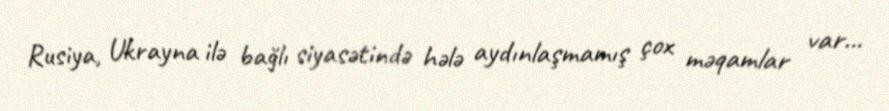
Rusiya, Ukrayna ilə bağlı siyasətində hələ aydınlaşmamış çox məqamlar var...